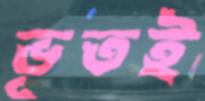
ভূতই